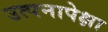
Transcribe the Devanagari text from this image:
उत्पनापेक्षा